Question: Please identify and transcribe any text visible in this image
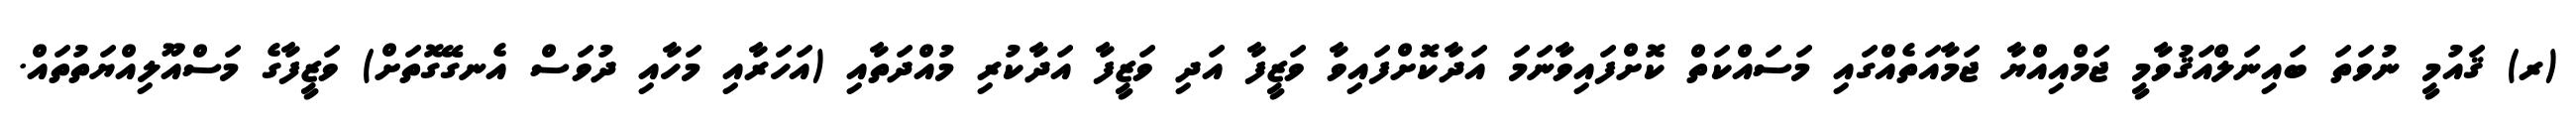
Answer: (ރ) ޤައުމީ ނުވަތަ ބައިނަލްއަޤުވާމީ ޖަމްއިއްޔާ ޖަމާއަތެއްގައި މަސައްކަތް ކޮށްފައިވާނަމަ އަދާކޮށްފައިވާ ވަޒީފާ އަދި ވަޒީފާ އަދާކުރި މުއްދަތާއި (އަހަރާއި މަހާއި ދުވަސް އެނގޭގޮތަށް) ވަޒީފާގެ މަސްއޫލިއްޔަތުތައް.